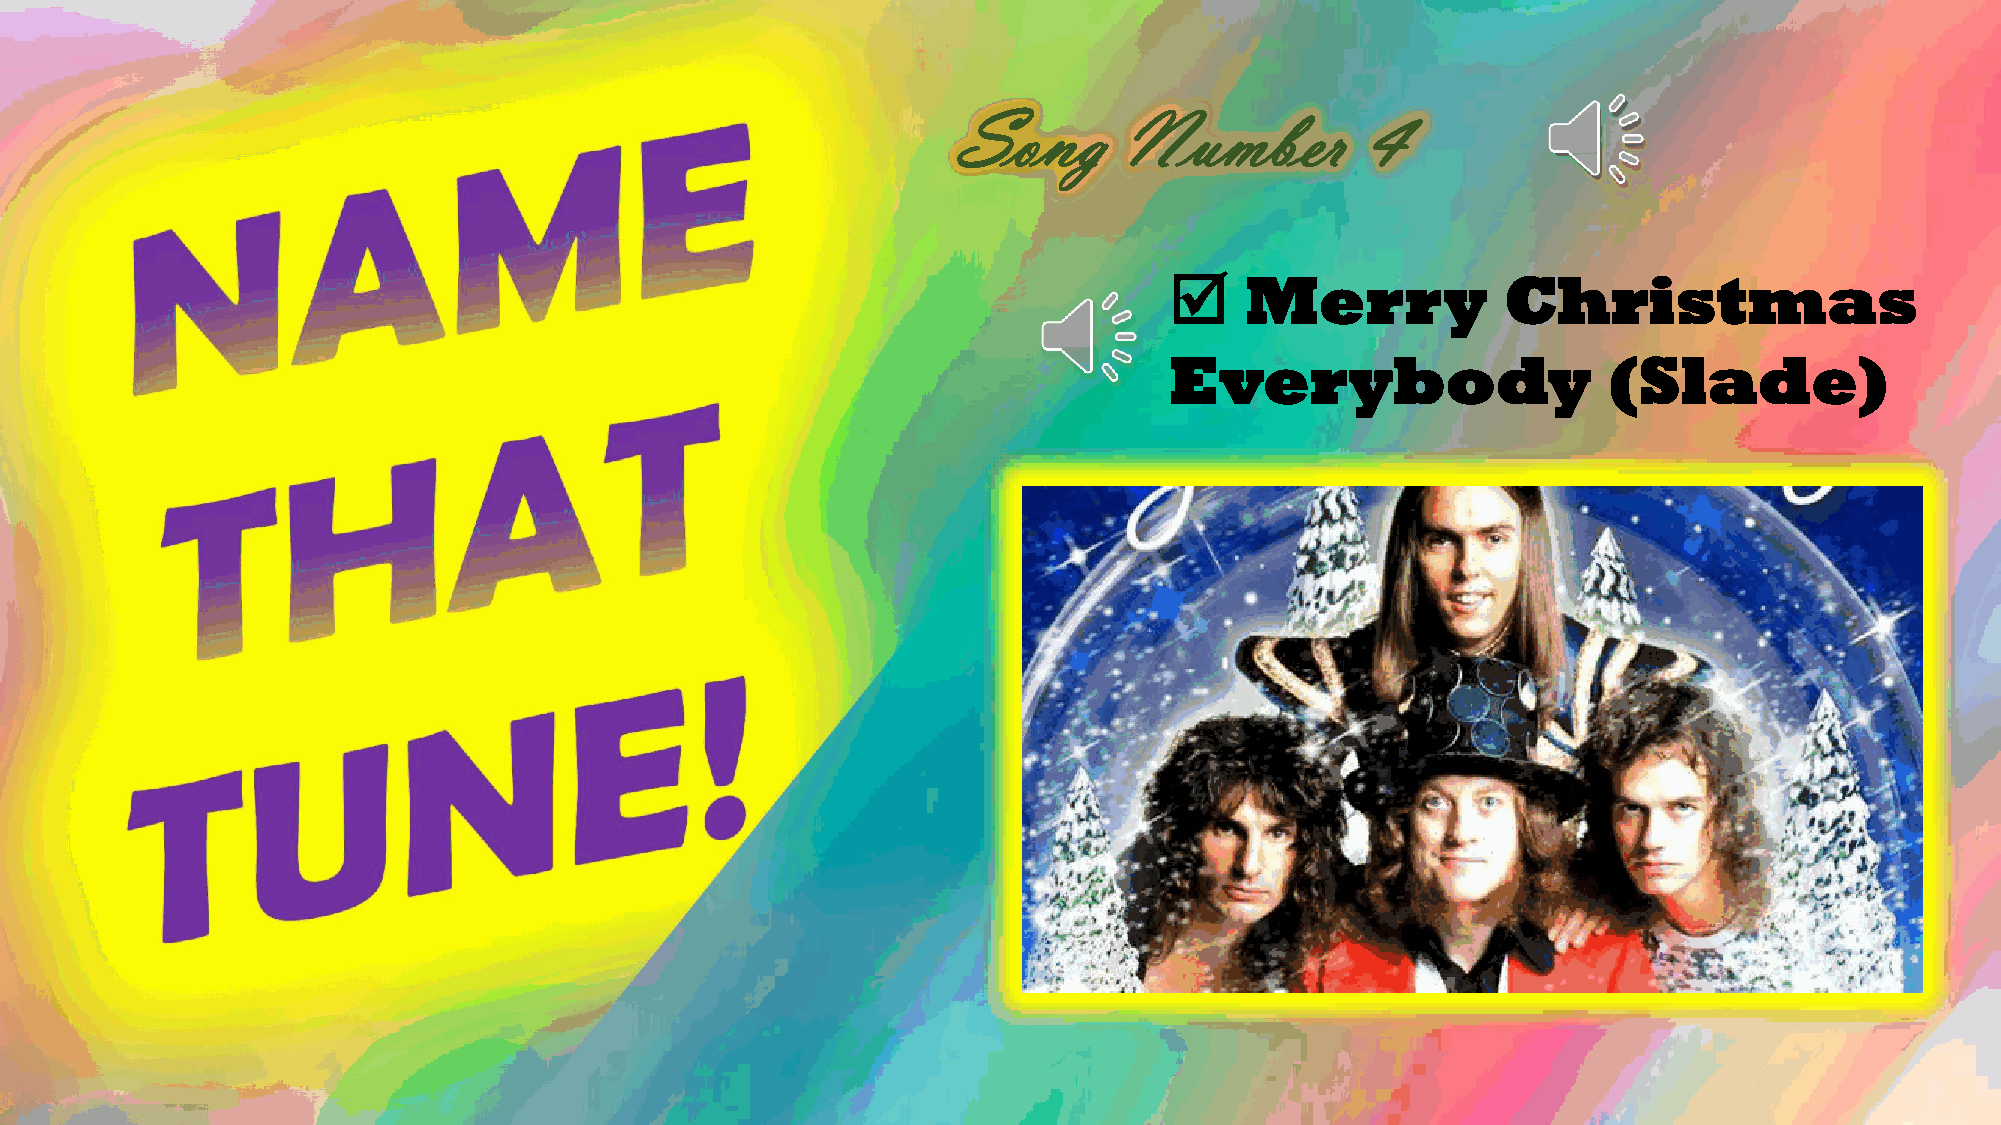
Song       Number          4
     Merry             Christmas
 Everybody                    (Slade)